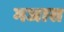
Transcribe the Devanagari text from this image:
मजास